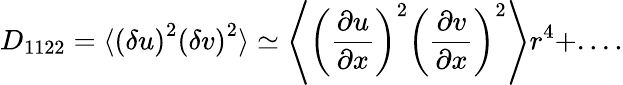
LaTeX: D_{1122}=\langle{\left(\delta u\right)^{2}\left(\delta v\right)^{2}}\rangle\simeq\left\langle{\left(\frac{\partial u}{\partial x}\right)^{2}\left(\frac{\partial v}{\partial x}\right)^{2}}\right\rangle r^{4}+....